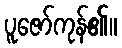
ပူဇော်ကုန်၏။